Calcutta medical institutions reports 1879-81 [i.e.91]
Year: 1879
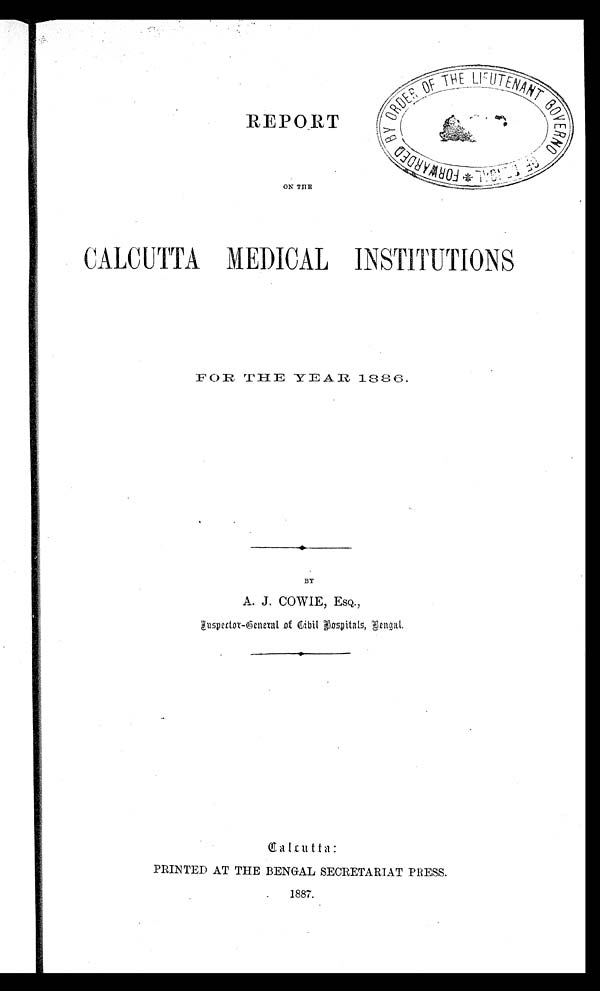
REPORT
ON THE
CALCUTTA MEDICAL INSTITUTIONS
FOR T HE YEAR 1886.
BY
A.J.COWIE, ESQ.,
Inspector-General of Civil Hospitals, Bengal.
Calcutta:
PRINTED AT THE BENGAL SECRETARIAT PRESS.
1887.